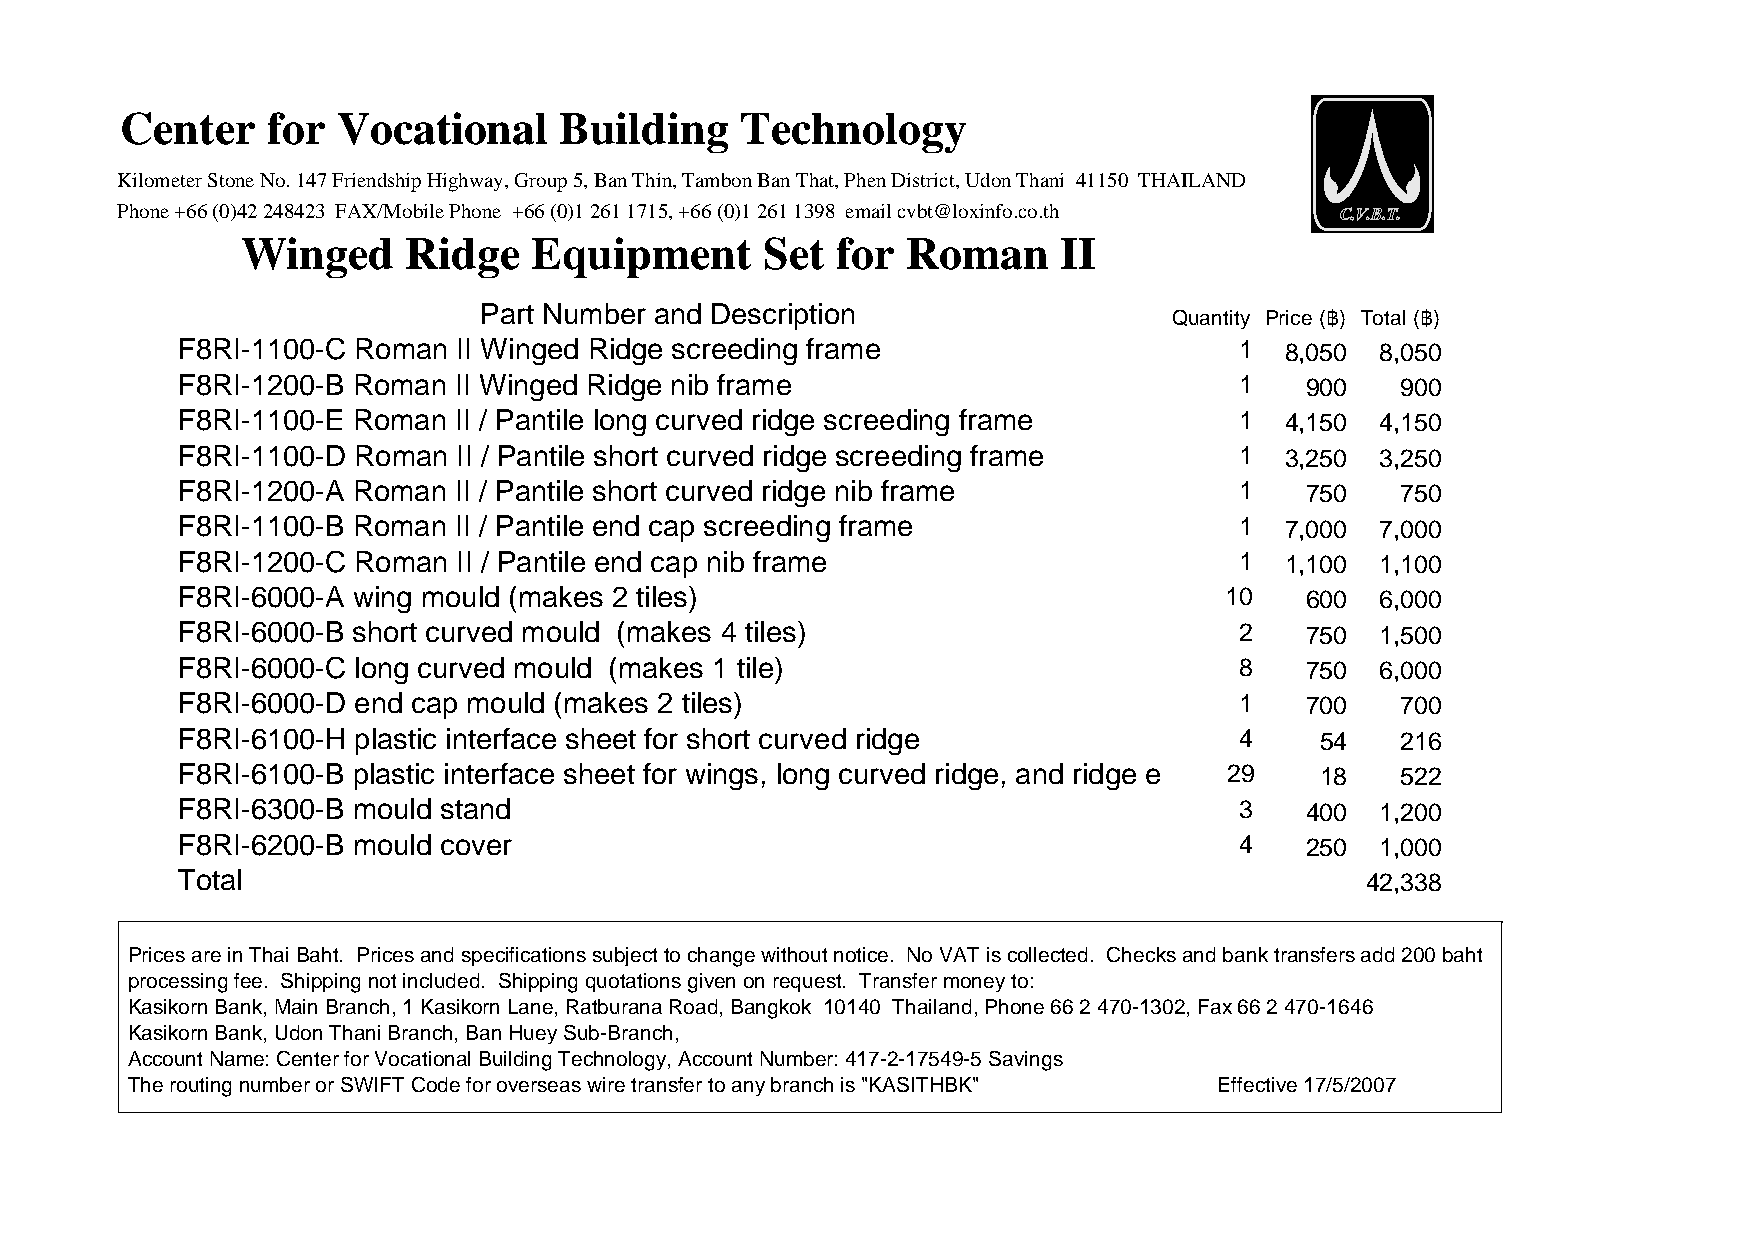
Center    for Vocational     Building    Technology
 Kilometer Stone No. 147 Friendship Highway, Group 5, Ban Thin, Tambon Ban That, Phen District, Udon Thani 41150 THAILAND
 Phone +66 (0)42 248423 FAX/Mobile Phone +66 (0)1 261 1715, +66 (0)1 261 1398 email cvbt@loxinfo.co.th
 Winged     Ridge   Equipment      Set  for  Roman     II
 Part Number and Description
 Quantity Price (฿) Total (฿)
 F8RI-1100-C Roman II Winged Ridge screeding frame                     1  8,050 8,050
 F8RI-1200-B Roman II Winged Ridge nib frame                           1   900    900
 F8RI-1100-E Roman II / Pantile long curved ridge screeding frame      1  4,150 4,150
 F8RI-1100-D Roman II / Pantile short curved ridge screeding frame     1  3,250 3,250
 F8RI-1200-A Roman II / Pantile short curved ridge nib frame           1   750    750
 F8RI-1100-B Roman II / Pantile end cap screeding frame                1  7,000 7,000
 F8RI-1200-C Roman II / Pantile end cap nib frame                      1  1,100 1,100
 F8RI-6000-A wing mould (makes 2 tiles)                               10   600  6,000
 F8RI-6000-B short curved mould (makes 4 tiles)                        2   750  1,500
 F8RI-6000-C long curved mould (makes 1 tile)                          8   750  6,000
 F8RI-6000-D end cap mould (makes 2 tiles)                             1   700    700
 F8RI-6100-H plastic interface sheet for short curved ridge            4    54    216
 F8RI-6100-B plastic interface sheet for wings, long curved ridge, and ridge e 29 18 522
 F8RI-6300-B mould stand                                               3   400  1,200
 F8RI-6200-B mould cover                                               4   250  1,000
 Total                                                                         42,338
 Prices are in Thai Baht. Prices and specifications subject to change without notice. No VAT is collected. Checks and bank transfers add 200 baht
 processing fee. Shipping not included. Shipping quotations given on request. Transfer money to:
 Kasikorn Bank, Main Branch, 1 Kasikorn Lane, Ratburana Road, Bangkok 10140 Thailand, Phone 66 2 470-1302, Fax 66 2 470-1646
 Kasikorn Bank, Udon Thani Branch, Ban Huey Sub-Branch,
 Account Name: Center for Vocational Building Technology, Account Number: 417-2-17549-5 Savings
 The routing number or SWIFT Code for overseas wire transfer to any branch is "KASITHBK" Effective 17/5/2007